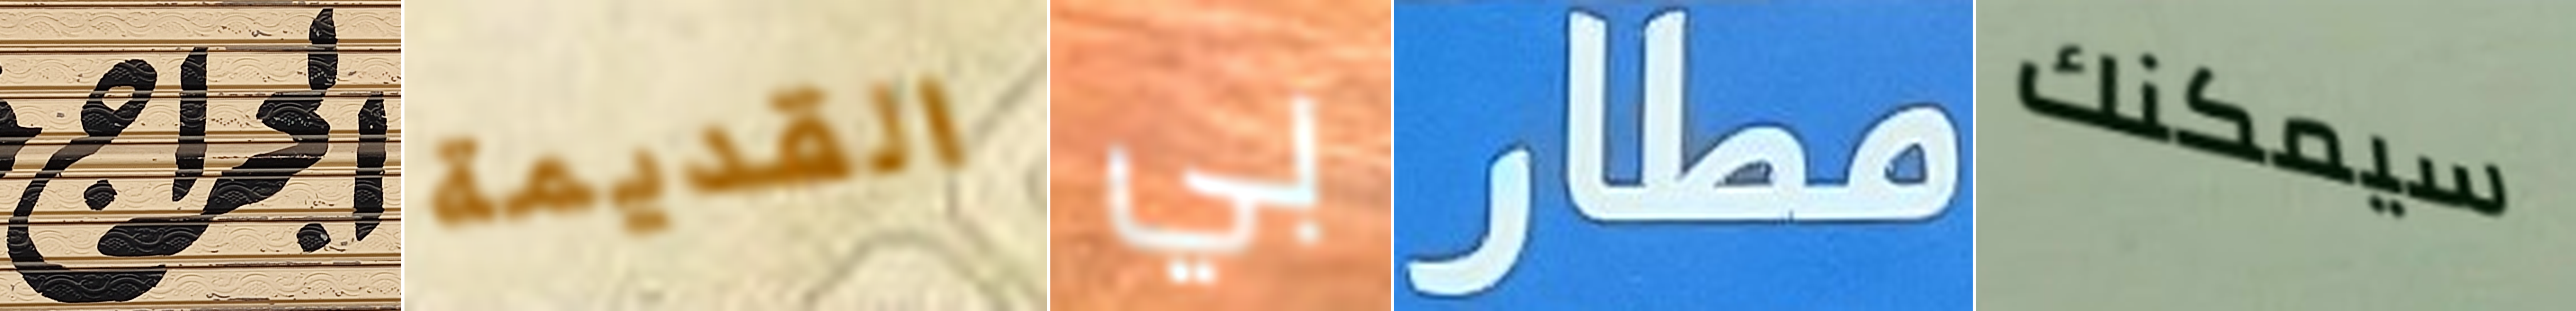
الجراج القديمة بي مطار سيمكنك